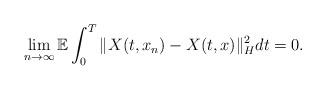
LaTeX: \begin{align*}\lim_{n\rightarrow\infty}\mathbb{E}\int_0^T \Vert X(t,x_n) - X(t,x) \Vert_H^2 dt = 0 .\end{align*}